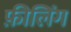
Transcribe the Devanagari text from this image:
फ़ीलिंग